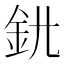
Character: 𨥃